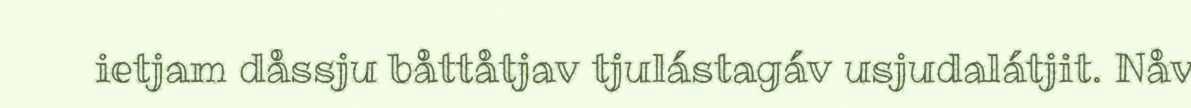
ietjam dåssju båttåtjav tjulástagáv usjudalátjit. Nåv